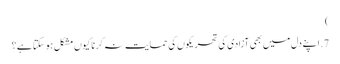
‏)‏
7.‏ اپنے دل میں بھی آزادی کی تحریکوں کی حمایت نہ کرنا کیوں مشکل ہو سکتا ہے؟